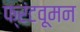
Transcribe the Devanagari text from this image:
फ्रंटवूमन